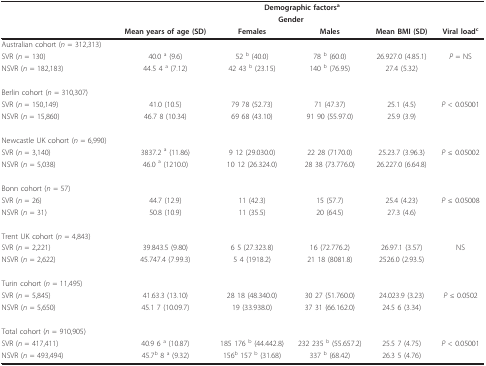
<table><thead><tr><td></td><td colspan="5"><b>Demographic factors<sup>a</sup></b></td></tr><tr><td></td><td></td><td colspan="2"><b>Gender</b></td><td></td><td></td></tr><tr><td></td><td><b>Mean years of age (SD)</b></td><td><b>Females</b></td><td><b>Males</b></td><td><b>Mean BMI (SD)</b></td><td><b>Viral load<sup>c</sup></b></td></tr></thead><tbody><tr><td>Australian cohort (<i>n </i>= 312,313)</td><td></td><td></td><td></td><td></td><td></td></tr><tr><td>SVR (<i>n </i>= 130)</td><td>40.0 <sup>a </sup>(9.6)</td><td>52 <sup>b </sup>(40.0)</td><td>78 <sup>b </sup>(60.0)</td><td>26.927.0 (4.85.1)</td><td><i>P </i>= NS</td></tr><tr><td>NSVR (<i>n </i>= 182,183)</td><td>44.5 4 <sup>a </sup>(7.12)</td><td>42 43 <sup>b </sup>(23.15)</td><td>140 <sup>b </sup>(76.95)</td><td>27.4 (5.32)</td><td></td></tr><tr><td>Berlin cohort (<i>n </i>= 310,307)</td><td></td><td></td><td></td><td></td><td></td></tr><tr><td>SVR (<i>n </i>= 150,149)</td><td>41.0 (10.5)</td><td>79 78 (52.73)</td><td>71 (47.37)</td><td>25.1 (4.5)</td><td><i>P </i>&lt; 0.05001</td></tr><tr><td>NSVR (<i>n </i>= 15,860)</td><td>46.7 8 (10.34)</td><td>69 68 (43.10)</td><td>91 90 (55.97.0)</td><td>25.9 (3.9)</td><td></td></tr><tr><td>Newcastle UK cohort (<i>n </i>= 6,990)</td><td></td><td></td><td></td><td></td><td></td></tr><tr><td>SVR (<i>n </i>= 3,140)</td><td>3837.2 <sup>a </sup>(11.86)</td><td>9 12 (29.030.0)</td><td>22 28 (7170.0)</td><td>25.23.7 (3.96.3)</td><td><i>P </i>≤ 0.05002</td></tr><tr><td>NSVR (<i>n </i>= 5,038)</td><td>46.0 <sup>a </sup>(1210.0)</td><td>10 12 (26.324.0)</td><td>28 38 (73.776.0)</td><td>26.227.0 (6.64.8)</td><td></td></tr><tr><td>Bonn cohort (<i>n </i>= 57)</td><td></td><td></td><td></td><td></td><td></td></tr><tr><td>SVR (<i>n </i>= 26)</td><td>44.7 (12.9)</td><td>11 (42.3)</td><td>15 (57.7)</td><td>25.4 (4.23)</td><td><i>P </i>≤ 0.05008</td></tr><tr><td>NSVR (<i>n </i>= 31)</td><td>50.8 (10.9)</td><td>11 (35.5)</td><td>20 (64.5)</td><td>27.3 (4.6)</td><td></td></tr><tr><td>Trent UK cohort (<i>n </i>= 4,843)</td><td></td><td></td><td></td><td></td><td></td></tr><tr><td>SVR (<i>n </i>= 2,221)</td><td>39.843.5 (9.80)</td><td>6 5 (27.323.8)</td><td>16 (72.776.2)</td><td>26.97.1 (3.57)</td><td>NS</td></tr><tr><td>NSVR (<i>n </i>= 2,622)</td><td>45.747.4 (7.99.3)</td><td>5 4 (1918.2)</td><td>21 18 (8081.8)</td><td>2526.0 (2.93.5)</td><td></td></tr><tr><td>Turin cohort (<i>n </i>= 11,495)</td><td></td><td></td><td></td><td></td><td></td></tr><tr><td>SVR (<i>n </i>= 5,845)</td><td>41.63.3 (13.10)</td><td>28 18 (48.340.0)</td><td>30 27 (51.760.0)</td><td>24.023.9 (3.23)</td><td><i>P </i>≤ 0.0502</td></tr><tr><td>NSVR (<i>n </i>= 5,650)</td><td>45.1 7 (10.09.7)</td><td>19 (33.938.0)</td><td>37 31 (66.162.0)</td><td>24.5 6 (3.34)</td><td></td></tr><tr><td>Total cohort (<i>n </i>= 910,905)</td><td></td><td></td><td></td><td></td><td></td></tr><tr><td>SVR (<i>n </i>= 417,411)</td><td>40.9 6 <sup>a </sup>(10.87)</td><td>185 176 <sup>b </sup>(44.442.8)</td><td>232 235 <sup>b </sup>(55.657.2)</td><td>25.5 7 (4.75)</td><td><i>P </i>&lt; 0.05001</td></tr><tr><td>NSVR (<i>n </i>= 493,494)</td><td>45.7<sup>b </sup>8 <sup>a </sup>(9.32)</td><td>156<sup>b </sup>157 <sup>b </sup>(31.68)</td><td>337 <sup>b </sup>(68.42)</td><td>26.3 5 (4.76)</td><td></td></tr></tbody></table>